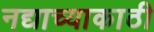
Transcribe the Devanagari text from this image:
नद्याच्याकाठी